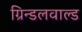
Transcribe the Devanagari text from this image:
ग्रिन्डलवाल्ड